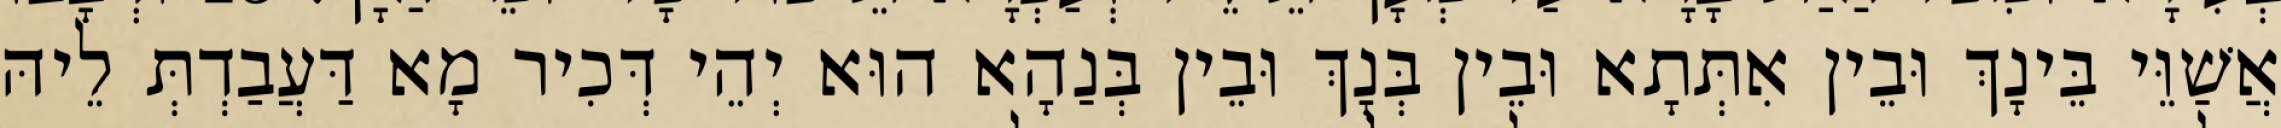
אֲשַׁוֵּי בֵּינָךְ וּבֵין אִתְּתָא וּבֵין בְּנָךְ וּבֵין בְּנַהָא הוּא יְהֵי דְּכִיר מָא דַּעֲבַדְתְּ לֵיהּ